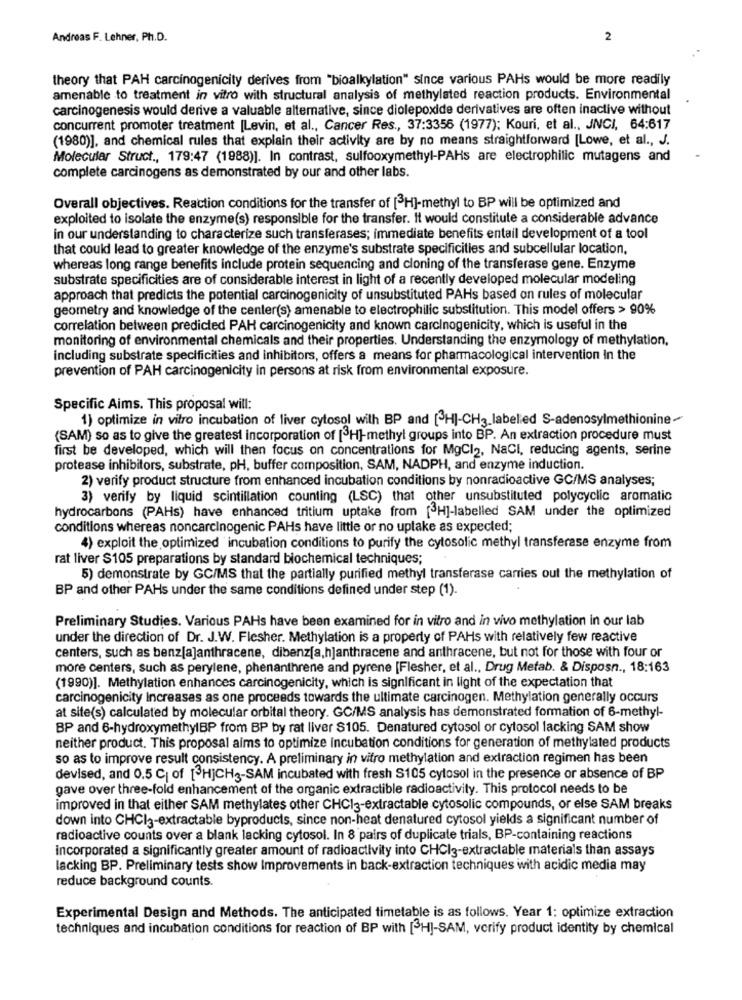
Andreas F. Lehner, Ph.D.
2
theory that PAH carcinogenicity derives from "bioalkylation" since various PAHs would be more readily
amenable to treatment in vitro with structural analysis of methylated reaction products. Environmental
carcinogenesis would derive a valuable alternative, since diolepoxide derivatives are often inactive without
concurrent promoter treatment [Levin, et al ., Cancer Res ., 37:3356 (1977); Kouri, et al ., JNCI, 64:617
(1980)], and chemical rules that explain their activity are by no means straightforward [Lowe, et al ., J.
Molecular Struct ., 179:47 (1988)]. In contrast, sulfooxymethyl-PAHs are electrophilic mutagens and
complete carcinogens as demonstrated by our and other labs.
Overall objectives. Reaction conditions for the transfer of [3H]-methyl to BP will be optimized and
exploited to isolate the enzyme(s) responsible for the transfer. It would constitute a considerable advance
in our understanding to characterize such transferases; immediate benefits entail development of a tool
that could lead to greater knowledge of the enzyme's substrate specificities and subcellular location.
whereas long range benefits include protein sequencing and cloning of the transferase gene. Enzyme
substrate specificities are of considerable interest in light of a recently developed molecular modeling
approach that predicts the potential carcinogenicity of unsubstituted PAHs based on rules of molecular
geometry and knowledge of the center(s) amenable to electrophilic substitution. This model offers > 90%
correlation between predicted PAH carcinogenicity and known carcinogenicity, which is useful in the
monitoring of environmental chemicals and their properties. Understanding the enzymology of methylation,
including substrate specificities and inhibitors, offers a means for pharmacological intervention In the
prevention of PAH carcinogenicity in persons at risk from environmental exposure.
Specific Aims. This proposal will:
1) optimize in vitro incubation of liver cytosol wilh BP and [H]-CH3_labelled S-adenosylmethionine-
(SAM) so as to give the greatest incorporation of [3H]-methyl groups into BP. An extraction procedure must
first be developed, which will then focus on concentrations for MgCl2, Nacl, reducing agents, serine
protease inhibitors, substrate, pH, buffer composition, SAM, NADPH, and enzyme induction.
2) verify product structure from enhanced incubation conditions by nonradioactive GC/MS analyses;
3) verify by liquid scintillation counting (LSC) that other unsubstituted polycyclic aromatic
hydrocarbons (PAHs) have enhanced tritium uptake from [ H]-labelled SAM under the optimized
conditions whereas noncarcinogenic PAHs have little or no uptake as expected;
4) exploit the optimized'incubation conditions to purify the cytosolic methyl transferase enzyme from
rat liver $105 preparations by standard biochemical techniques;
5) demonstrate by GC/MS that the partially purified methyl transferase carries out the methylation of
BP and other PAHs under the same conditions defined under step (1).
Preliminary Studies. Various PAHs have been examined for in vitro and in vivo methylation in our lab
under the direction of Dr. J.W. Flesher. Methylation is a property of PAHs with relatively few reactive
centers, such as benz[a]anthracene, dibenz[a,h]anthracene and anthracene, but not for those with four or
more centers, such as perylene, phenanthrene and pyrene [Flesher, et al ., Drug Metab. & Disposn ., 18:163
(1990)]. Methylation enhances carcinogenicity, which is significant in light of the expectation that
carcinogenicity Increases as one proceeds towards the ultimate carcinogen. Methylation generally occurs
at site(s) calculated by molecular orbital theory. GC/MS analysis has demonstrated formation of 6-methyl-
BP and 6-hydroxymethylBP from BP by rat liver $105. Denatured cytosol or cytosol lacking SAM show
neither product. This proposal aims to optimize incubation conditions for generation of methylated products
so as to improve result consistency. A preliminary in vitro methylation and extraction regimen has been
devised, and 0.5 C| of [3HjCH3-SAM incubated with fresh S105 cytosol in the presence or absence of BP
gave over three-fold enhancement of the organic extractible radioactivity. This protocol needs to be
improved in that either SAM methylates other CHCI3-extractable cytosolic compounds, or else SAM breaks
down into CHCI3-extractable byproducts, since non-heat denatured cytosol yields a significant number of
radioactive counts over a blank lacking cytosol. In 8 pairs of duplicate trials, BP-containing reactions
incorporated a significantly greater amount of radioactivity into CHCI3-extractable materials than assays
lacking BP. Preliminary tests show Improvements in back-extraction techniques with acidic media may
reduce background counts.
Experimental Design and Methods. The anticipated timetable is as follows. Year 1; optimize extraction
techniques and incubation conditions for reaction of BP with [H]-SAM, verify product identity by chemical